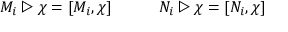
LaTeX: M _ { i } \triangleright \chi = [ M _ { i } , \chi ] \qquad \quad N _ { i } \triangleright \chi = [ N _ { i } , \chi ]